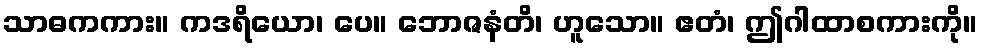
သာဓကကား။ ကဒရိယော၊ ပေ။ ဘောဇနံတိ၊ ဟူသော။ ဧတံ၊ ဤဂါထာစကားကို။